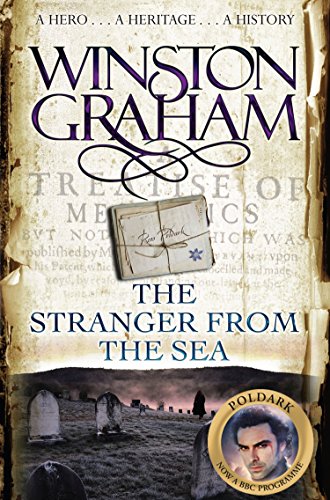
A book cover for The Stranger from the Sea (Poldark); Winston Graham; Literature & Fiction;